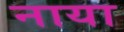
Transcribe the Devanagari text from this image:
नाया